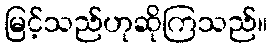
မြင့်သည်ဟုဆိုကြသည်။